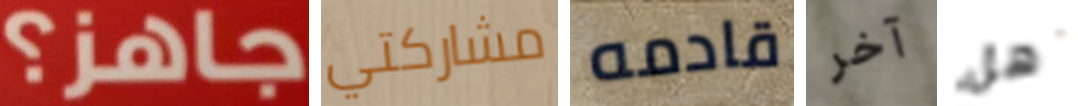
جاهز؟ مشاركتي قادمه آخر هل